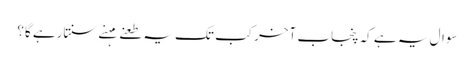
سوال یہ ہے کہ پنجاب آخرکب تک یہ طعنے مہنے سنتارہے گا؟